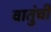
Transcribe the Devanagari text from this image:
वातुंची